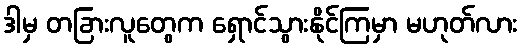
ဒါမှ တခြားလူတွေက ရှောင်သွားနိုင်ကြမှာ မဟုတ်လား